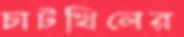
চাটখিলের